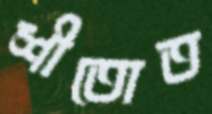
শীতোত